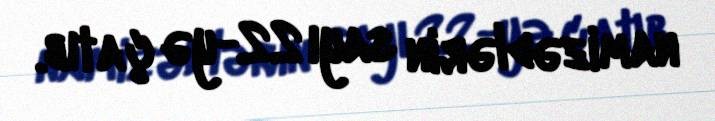
namizədlərin sayı 22-yə çatıb.